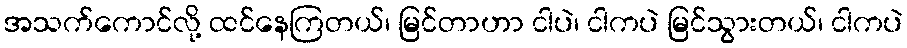
အသက်ကောင်လို့ ထင်နေကြတယ်၊ မြင်တာဟာ ငါပဲ၊ ငါကပဲ မြင်သွားတယ်၊ ငါကပဲ